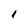
Character: 1